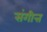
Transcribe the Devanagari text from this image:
संगीत्त